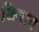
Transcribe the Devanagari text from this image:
किराय